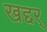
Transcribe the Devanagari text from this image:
खद्दर्